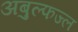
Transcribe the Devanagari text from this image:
अबुल्फज्ल